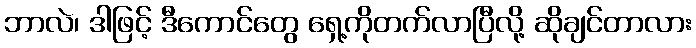
ဘာလဲ၊ ဒါဖြင့် ဒီကောင်တွေ ရှေ့ကိုတက်လာပြီလို့ ဆိုချင်တာလား